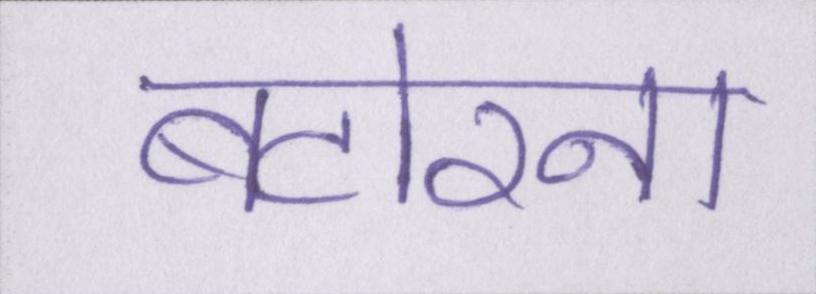
बटोरना